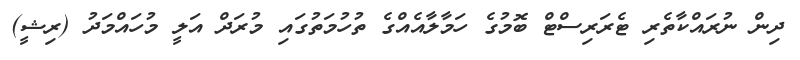
ދިން ނުރައްކާތެރި ޓެރަރިސްޓް ބޮމުގެ ހަމާލާއެއްގެ ތުހުމަތުގައި މުރަދް އަލީ މުހައްމަދު (ރިޝީ)